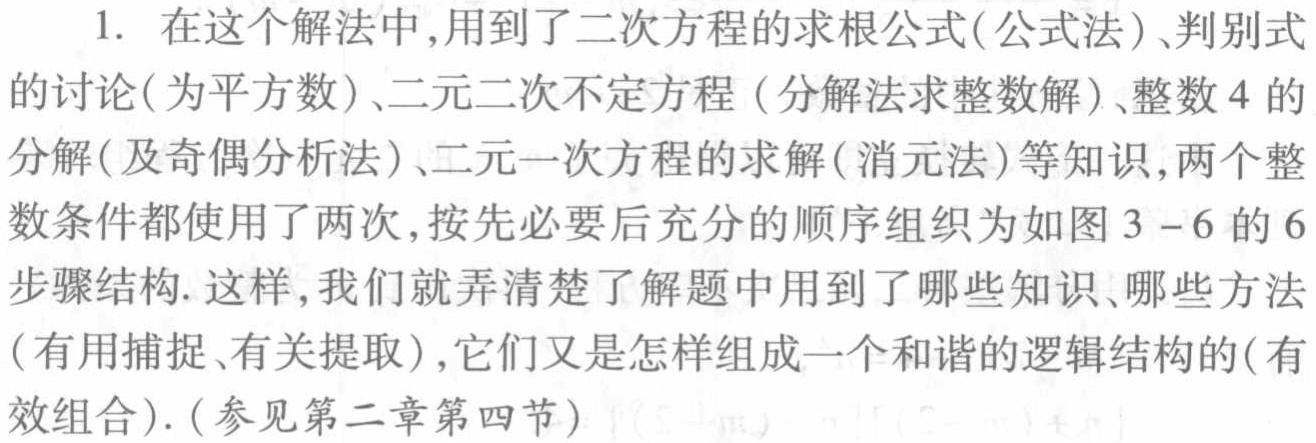
1. 在这个解法中,用到了二次方程的求根公式(公式法)、判别式
的讨论(为平方数)、二元二次不定方程（分解法求整数解）、整数\(4\)的
分解(及奇偶分析法)、二元一次方程的求解(消元法)等知识,两个整
数条件都使用了两次,按先必要后充分的顺序组织为如图\(3 - 6\)的\(6\)
步骤结构. 这样,我们就弄清楚了解题中用到了哪些知识、哪些方法
(有用捕捉、有关提取),它们又是怎样组成一个和谐的逻辑结构的(有
效组合). (参见第二章第四节)